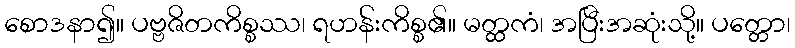
စောဒနာ၍။ ပဗ္ဗဇိတကိစ္စဿ၊ ရဟန်းကိစ္စ၏။ မတ္ထကံ၊ အပြီးအဆုံးသို့။ ပတ္တော၊